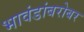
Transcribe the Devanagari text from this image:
भावंडांबरोबर